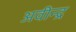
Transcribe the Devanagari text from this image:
अवीन्द्र